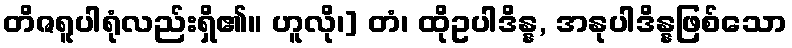
တိဇရူပါရုံလည်းရှိ၏။ ဟူလို၊] တံ၊ ထိုဥပါဒိန္န, အနုပါဒိန္နဖြစ်သော